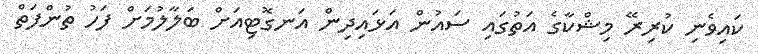
ކައިވެނި ކުރިރޭ މިޝްކާގެ އަތުގައި ސައުން އަޅައިދިން އަނގޮޓިއަށް ބަލާލުމަށް ފަހު ތުންފަތް